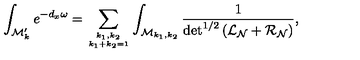
\int _ { { \cal M } _ { k } ^ { \prime } } e ^ { - d _ { x } \omega } = \sum _ { \sb { k _ { 1 } , k _ { 2 } } \atop k _ { 1 } + k _ { 2 } = 1 } \int _ { { \cal M } _ { k _ { 1 } , k _ { 2 } } } \frac { 1 } { \det ^ { 1 / 2 } \left( { \cal L } _ { \cal N } + { \cal R } _ { \cal N } \right) } ,